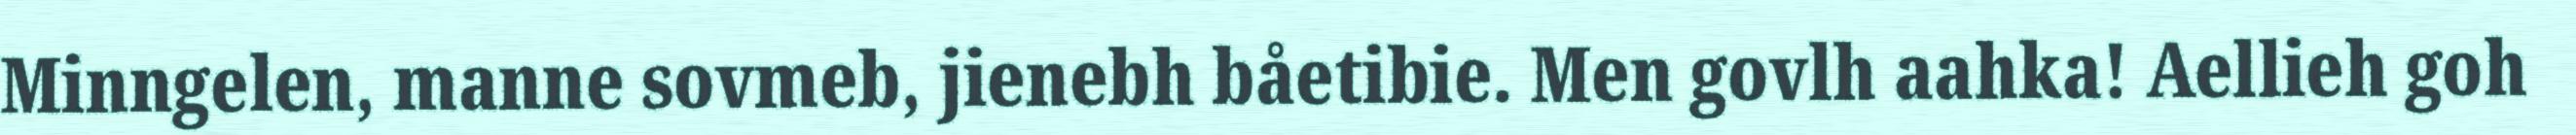
Minngelen, manne sovmeb, jienebh båetibie. Men govlh aahka! Aellieh goh